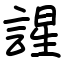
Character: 謃